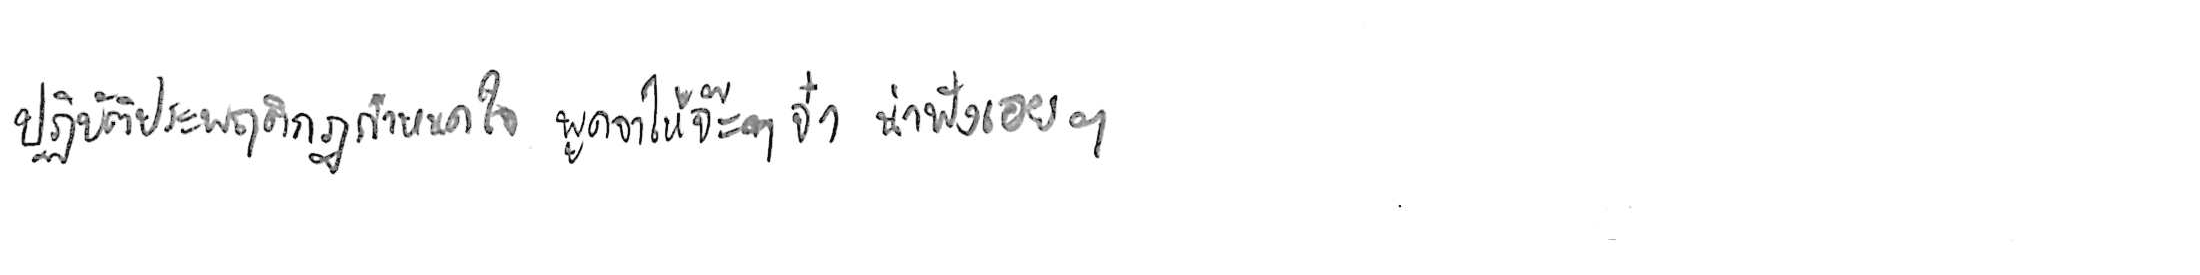
ปฏิบัติประพฤติกฎกำหนดใจ พูดจาให้จ๊ะๆ จ๋า น่าฟังเอยฯ